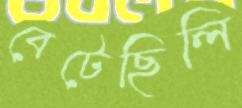
বেটেছিলি